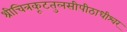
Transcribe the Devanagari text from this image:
श्रीचित्रकूटतुलसीपीठाधीश्वर